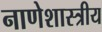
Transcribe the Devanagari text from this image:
नाणेशास्त्रीय